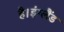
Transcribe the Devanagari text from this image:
है।इंग्लैंड